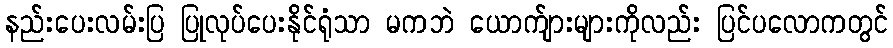
နည်းပေးလမ်းပြ ပြုလုပ်ပေးနိုင်ရုံသာ မကဘဲ ယောက်ျားများကိုလည်း ပြင်ပလောကတွင်